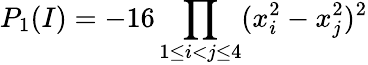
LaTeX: P_{1}(I)=-16\prod_{1\le i<j\le 4}(x_{i}^{2}-x_{j}^{2})^{2}